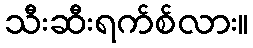
သီးဆီးရက်စ်လား။